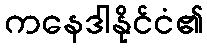
ကနေဒါနိုင်ငံ၏